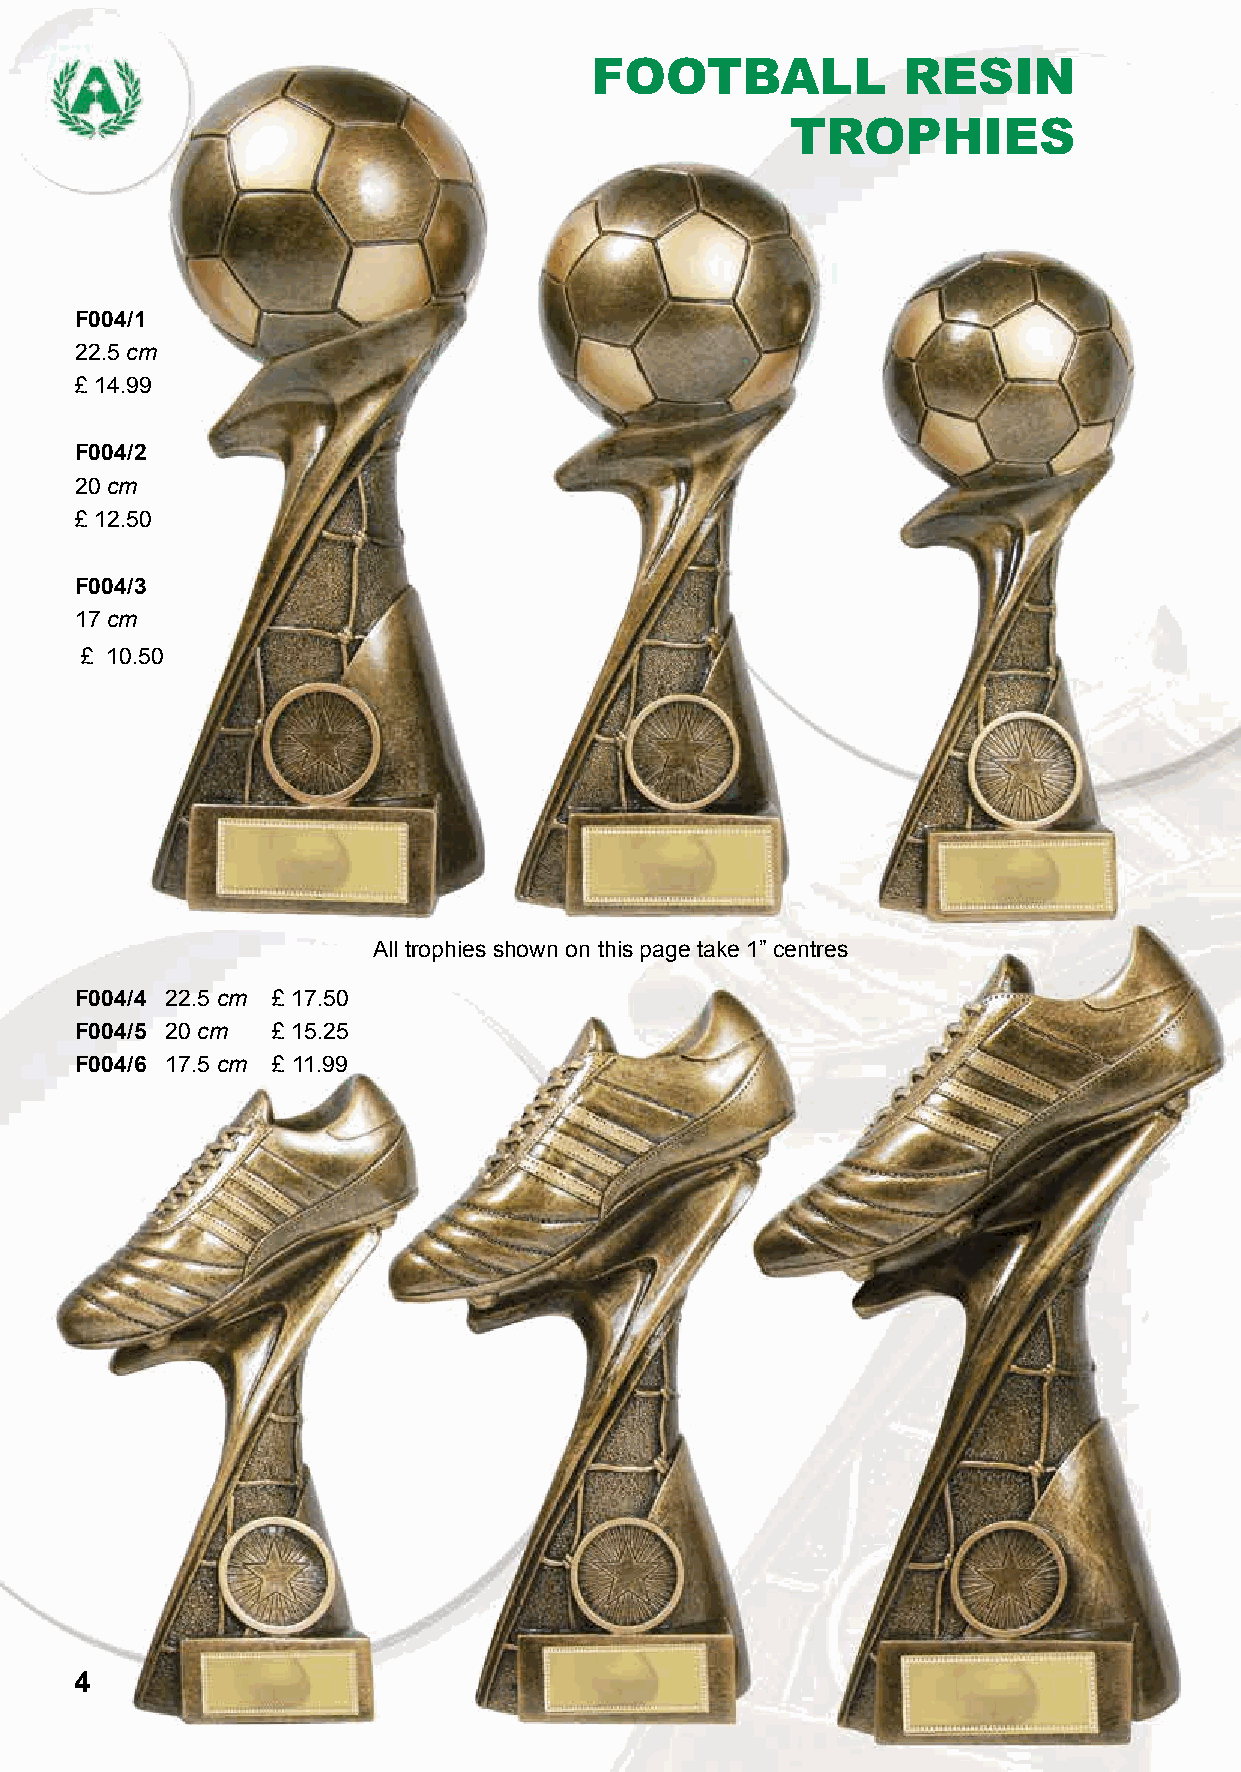
FOOTBALL             RESIN
 TROPHIES
 F004/1
 22.5 cm
 £ 14.99
 F004/2
 20 cm
 £ 12.50
 F004/3
 17 cm
 £ 10.50
 All trophies shown on this page take 1” centres
 F004/4 22.5 cm £ 17.50
 F004/5 20 cm £ 15.25
 F004/6 17.5 cm £ 11.99
 4